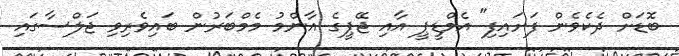
ބޮޑަށް ދެކެވެން ފަށައިފި" އެމްޑީޕީ އާއި ޖޭޕީގެ އާންމު މެމްބަރުން ބައިވެރިވި ޖަލްސާގައި